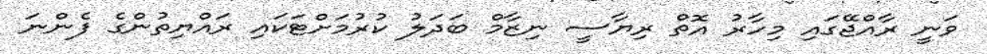
ވަނީ ރާއްޖޭގައި މިހާރު އޮތް ރިޔާސީ ނިޒާމް ބަދަލު ކުރުމަށްޓަކައި ރައްޔިތުންގެ ފެންނަ